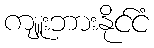
ကျူးဘားနိုင်ငံ